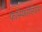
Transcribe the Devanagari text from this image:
फॉस्फोनियम